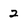
Character: 2